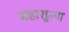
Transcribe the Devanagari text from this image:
महाशून्या